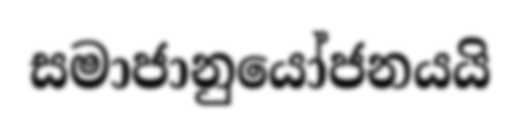
සමාජානුයෝජනයයි